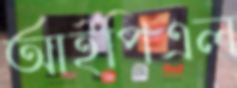
আইপিএল